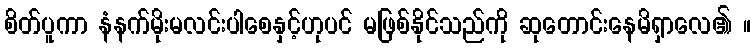
စိတ်ပူကာ နံနက်မိုးမလင်းပါစေနှင့်ဟုပင် မဖြစ်နိုင်သည်ကို ဆုတောင်းနေမိရှာလေ၏ ။